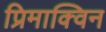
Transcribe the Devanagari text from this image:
प्रिमाक्विन